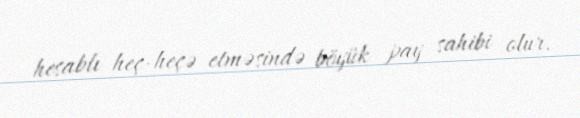
hesablı heç-heçə etməsində böyük pay sahibi olur.